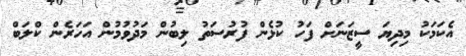
އެކަމަކު މިދިޔަ ސީޒަނަށް ފަހު ކުޅެން ފުރުސަތު ލިބުން މަދުވުމުން އަހަރެން ކްލަބް